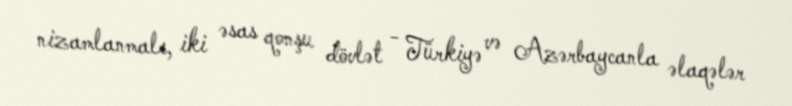
nizamlanmalı, iki əsas qonşu dövlət - Türkiyə və Azərbaycanla əlaqələr